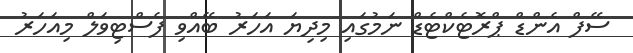
ސޭފް އެންޑް ޕްރޮޓެކްޓެޑް ނަމުގައި މިދިޔަ އަހަރު ބޭއްވި ފެސްޓިވަލް މިއަހަރު